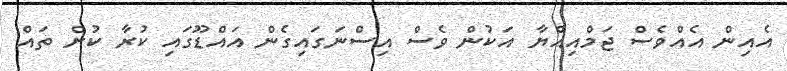
އެއިން އެއްވެސް ޖަމްއިއްޔާ އަކުން ވެސް އިސްނަގައިގެން އައްޑޫގައި ކުރާ ކުށް ތައް